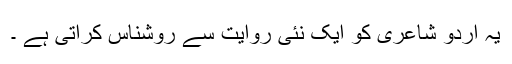
یہ اردو شاعری کو ایک نئی روایت سے روشناس کراتی ہے ۔